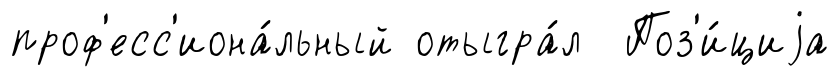
проф'есс'иона́льный отыгра́л Поз'и́циjа